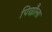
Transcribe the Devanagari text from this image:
पिछौला